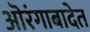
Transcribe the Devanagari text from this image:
ऒरंगाबादेत